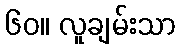
၆၀။ လူချမ်းသာ